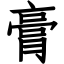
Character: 膏